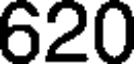
620